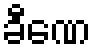
ခီဏေ